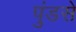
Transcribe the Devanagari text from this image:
पुंडसे